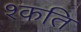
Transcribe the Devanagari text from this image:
श्कति